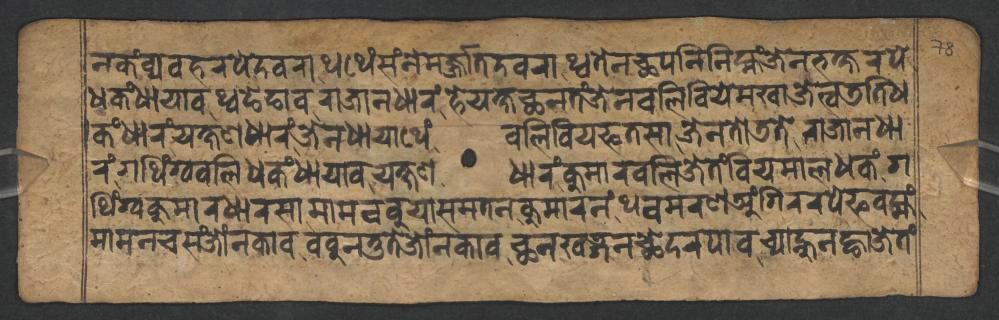
𑐣𑐎𑑄𑐰𑑂𑐫𑐰𑐴𑐬𑐥𑐾𑐡𑐰𑐬𑐵𑐠𑐠𑐾𑑄𑐳𑑄𑐣𑐾𑐩𑐬𑑂𑐖𑑂𑐖𑐵𑐟𑐡𑐰𑐬𑐵𑐠𑑂𑐰𑐟𑐾𑐣𑐕𑐥𑐣𑐶𑐣𑐶𑐩𑑂𑐴𑑄𑐖𑐾𑐣𑐨𑐎𑑂𑐲𑐬𑐥𑐾 𑐢𑐎𑑄𑐢𑐵𑐫𑐵𑐰𑐠𑑂𑐰𑐒𑐾𑐒𑐵𑐰𑐬𑐵𑐖𑐵𑐣𑐢𑐵𑐬𑑄𑐴𑐾𑐫𑐎𑑂𑐲𑐕𑐣𑐟𑑄𑐖𑐾𑐣𑐧𑐮𑐶𑐧𑐶𑐫𑐾𑐩𑐏𑐵𑐖𑐾𑐟𑑂𑐰𑐜𑐟𑐶𑐢 𑐎𑑄𑐢𑐵𑐬𑑄𑐫𑐎𑑂𑐲𑐞𑐢𑐵𑐬𑑄𑐖𑐾𑐣𑐢𑐵𑐫𑐵𑐠𑐾𑑄𑐧𑐮𑐶𑐧𑐶𑐫𑐦𑐟𑐳𑐵𑐖𑐾𑐣𑐟𑑀𑐜𑐟𑐾𑐬𑐵𑐖𑐵𑐣𑐢𑐵 𑐬𑑄𑐐𑐠𑐶𑑄𑐐𑑂𑐰𑐧𑐮𑐶𑐢𑐎𑑄𑐢𑐵𑐫𑐵𑐰𑐫𑐎𑑂𑐲𑐞𑐢𑐵𑐬𑑄𑐎𑐸𑐩𑐵𑐬𑐧𑐮𑐶𑐖𑐾𑐟𑑄𑐧𑐶𑐫𑐩𑐵𑐮𑐢𑐎𑑄𑐐 𑐠𑐶𑑄𑐐𑑂𑐰𑐎𑐸𑐩𑐵𑐬𑐢𑐵𑐬𑐳𑐵𑐩𑐵𑐩𑐧𑐧𑐸𑐫𑐵𑐳𑐩𑐟𑐣𑐎𑐸𑐩𑐵𑐬𑐣𑑄𑐠𑐰𑐩𑐬𑐞𑐀𑑄𑐐𑐶𑐬𑐬𑐥𑐾𑐦𑐰𑐩𑑂𑐴𑑄 𑐩𑐵𑐩𑐣𑐔𑐳𑑄𑐖𑑀𑑄𑐣𑐎𑐵𑐰𑐧𑐧𑐸𑐣𑐟𑐸𑐟𑐾𑐖𑑀𑑄𑐣𑐎𑐵𑐰𑐕𑐣𑐏𑐜𑑂𑐐𑐣𑐕𑐾𑐡𑐬𑐥𑐵𑐰𑐔𑑂𑐫𑐵𑐣𑑂𑐴𑐸𑐣𑐒𑑂𑐴𑐵𑐖𑐾𑐟𑑄